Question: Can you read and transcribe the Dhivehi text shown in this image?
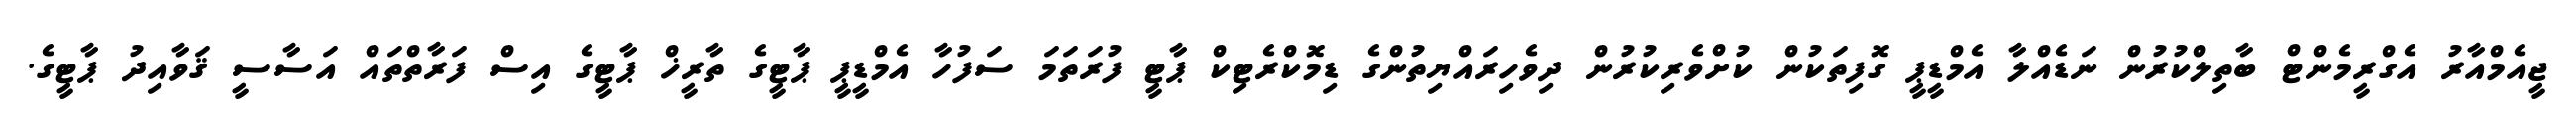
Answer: ޖީއެމްއާރު އެގްރީމެންޓް ބާތިލްކުރުން ނަޑެއްލާ އެމްޑީޕީ ގޮފިތަކުން ކުށްވެރިކުރުން ދިވެހިރައްޔިތުންގެ ޑިމޮކްރެޓިކް ޕާޓީ ފުރަތަމަ ސަފުހާ އެމްޑީޕީ ޕާޓީގެ ތާރީޚް ޕާޓީގެ އިސް ފަރާތްތައް އަސާސީ ޤަވާއިދު ޕާޓީގެ.